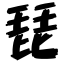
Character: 琵